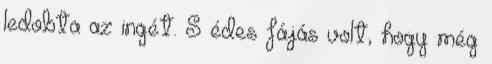
ledobta az ingét. S édes fájás volt, hogy még